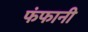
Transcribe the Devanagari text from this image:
फंफानी